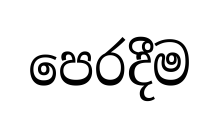
පෙරදීම